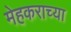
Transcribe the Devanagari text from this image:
मेहकराच्या